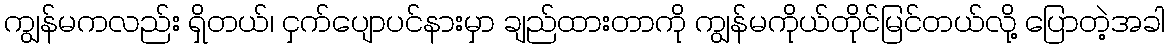
ကျွန်မကလည်း ရှိတယ်၊ ငှက်ပျောပင်နားမှာ ချည်ထားတာကို ကျွန်မကိုယ်တိုင်မြင်တယ်လို့ ပြောတဲ့အခါ